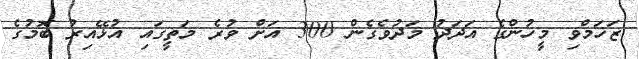
ޒަޚަމްވި މީހުންގެ އަދަދު މަދުވެގެން 300 އަށް ވުރެ މަތީގައި އުޅޭއިރު ބޮމުގެ